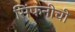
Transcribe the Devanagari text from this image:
सिंफनीची